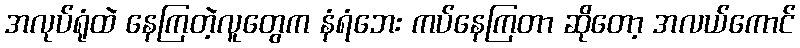
အလုပ်ရုံထဲ နေကြတဲ့လူတွေက နံရံဘေး ကပ်နေကြတာ ဆိုတော့ အလယ်ကောင်